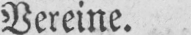
Vereine.